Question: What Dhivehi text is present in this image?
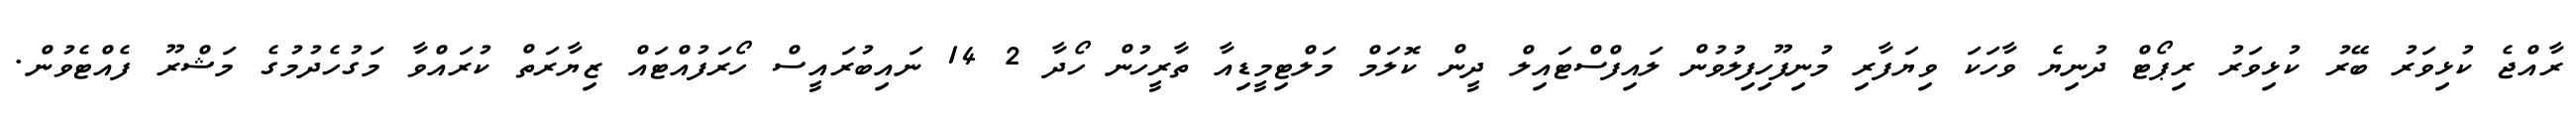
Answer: ރާއްޖެ ކުޅިވަރު ބޭރު ކުޅިވަރު ރިޕޯޓް ދުނިޔެ ވާހަކަ ވިޔަފާރި މުނިފޫހިފިލުވުން ލައިފްސްޓައިލް ދީން ކޮލަމް މަލްޓިމީޑިއާ ތާރީހުން ހޯދާ 2 14 ނައިބުރައީސް ހޯރަފުއްޓައް ޒިޔާރަތް ކުރައްވާ މަގުހެދުމުގެ މަޝްރޫ ފެއްޓެވުން.